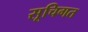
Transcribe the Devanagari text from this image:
सूचिगत